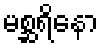
မစ္ဆရိနော